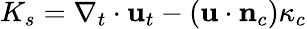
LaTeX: K_{s}=\nabla_{t}\cdot\mathbf{u}_{t}-\left(\mathbf{u}\cdot\mathbf{n}_{c}\right)\kappa_{c}